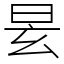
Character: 𣆂